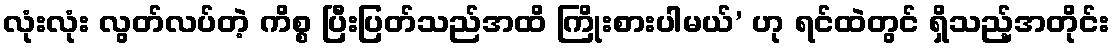
လုံးလုံး လွတ်လပ်တဲ့ ကိစ္စ ပြီးပြတ်သည်အထိ ကြိုးစားပါမယ်’ ဟု ရင်ထဲတွင် ရှိသည့်အတိုင်း